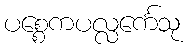
ပစ္စေကပလ္လင်္ကေသု